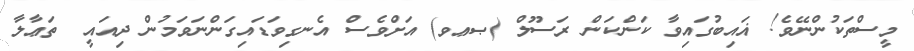
މީސްތަކުންނޭވެ! ޣައިބުގައިވާ ކަންކަން ރަސޫލް (ޞޢވ) އަށްވެސް އެނގިވަޑައިގަންނަވަމުން ދިއައީ  ތަޢާލާ